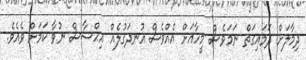
ދިމާލަށް ދަމައިގަތް ނަމަވެސް މީހާއަށް އެއްވެސް އުނދަގުލެއް އިޙްސާސް ނުވާ ކަމަށް ވެއެވެ.